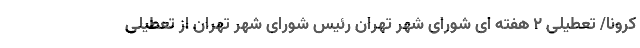
کرونا/ تعطیلی 2 هفته ای شورای شهر تهران رئیس شورای شهر تهران از تعطیلی